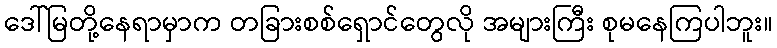
ဒေါ်မြတို့နေရာမှာက တခြားစစ်ရှောင်တွေလို အများကြီး စုမနေကြပါဘူး။